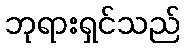
ဘုရားရှင်သည်